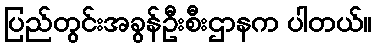
ပြည်တွင်းအခွန်ဦးစီးဌာနက ပါတယ်။